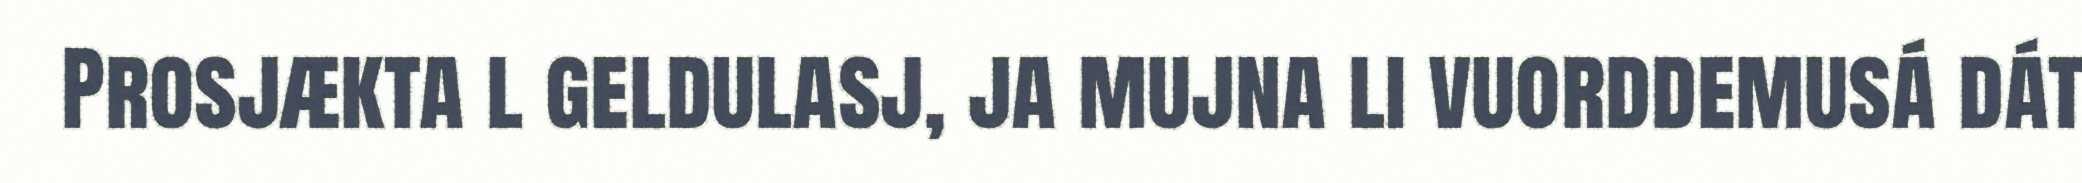
Prosjækta l geldulasj, ja mujna li vuorddemusá dát